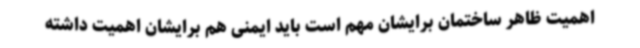
اهمیت ظاهر ساختمان برایشان مهم است باید ایمنی هم برایشان اهمیت داشته